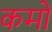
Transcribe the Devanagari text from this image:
कमों